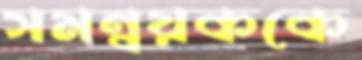
সমন্বয়ককে